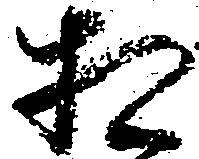
相